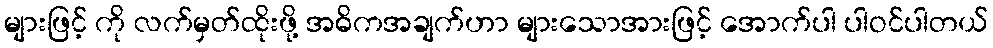
များဖြင့် ကို လက်မှတ်ထိုးဖို့ အဓိကအချက်ဟာ များသောအားဖြင့် အောက်ပါ ပါဝင်ပါတယ်